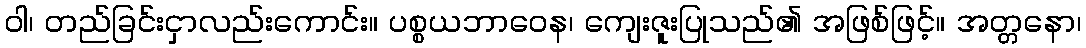
ဝါ၊ တည်ခြင်းငှာလည်းကောင်း။ ပစ္စယဘာဝေန၊ ကျေးဇူးပြုသည်၏ အဖြစ်ဖြင့်။ အတ္တနော၊